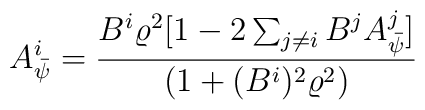
A^{i}_{\bar\psi} = \frac{B^i \varrho^2 [1 - 2 \sum_{j \neq    i}B^{j}A^{j}_{\bar\psi}]} {(1 + (B^i)^2 \varrho^2)}